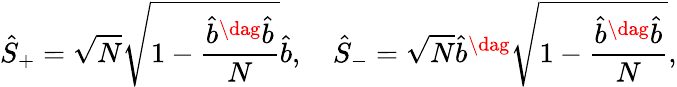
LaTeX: \hat{S}_{+}=\sqrt{N}\sqrt{1-\frac{\hat{b}^{\dag}\hat{b}}{N}}\hat{b},\quad\hat{S}_{-}=\sqrt{N}\hat{b}^{\dag}\sqrt{1-\frac{\hat{b}^{\dag}\hat{b}}{N}},